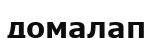
домалап